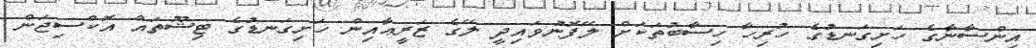
އިންސާނާގެ ހަށިގަނޑުގެ ހުރިހާ ހިސާބުތަކަށް ލޭފޮނުވައިދީ ލޭގެ ޒަރީޢާއިން ހަށިގަނޑުގެ ޓިޝޫތައް އޮކްސިޖަން